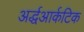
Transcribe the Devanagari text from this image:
अर्द्धआर्कटिक